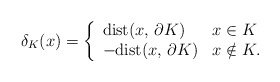
\begin{align*}\delta_K(x)=\left\{\begin{array}[c]{ll}\mathrm{dist}(x,\,\partial K) & x\in K\\-\mathrm{dist}(x,\,\partial K) & x\notin K.\\\end{array}\right.\end{align*}